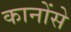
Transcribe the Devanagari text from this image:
कानोंसे